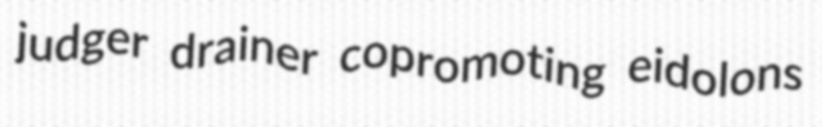
judger drainer copromoting eidolons